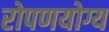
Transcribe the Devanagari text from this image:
रोपणयोग्य